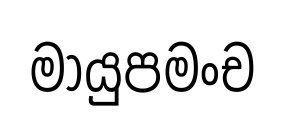
මායුපමංච